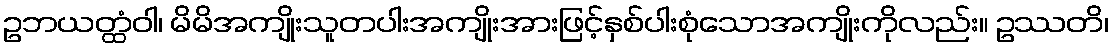
ဥဘယတ္ထံဝါ၊ မိမိအကျိုးသူတပါးအကျိုးအားဖြင့်နှစ်ပါးစုံသောအကျိုးကိုလည်း။ ဥဿတိ၊